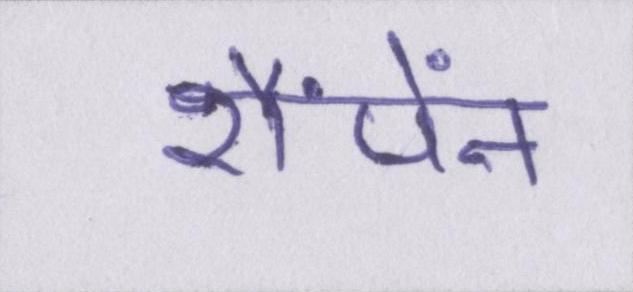
शैंपेंन